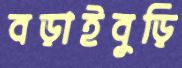
বড়াইবুড়ি